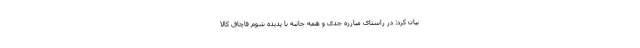
بیان کرد: در راستای مبارزه جدی و همه جانبه با پدیده شوم قاچاق کالا